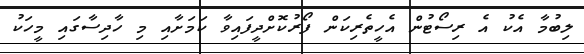
ލިބުމާ އެކު އެ ރިސޯޓުން އެހީތެރިކަން ފޯރުކޮށްދީފައިވާ ކަމަށާއި މި ހާދިސާގައި މީހަކު